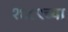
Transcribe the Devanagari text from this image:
१६८९च्या